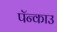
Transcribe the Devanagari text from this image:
पॅन्काउ